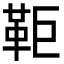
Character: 𩉸